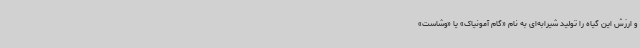
و ارزش این گیاه را تولید شیرابه‌ای به نام «گام آمونیاک» یا «وشاست»